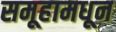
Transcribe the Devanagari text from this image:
समूहामधून